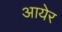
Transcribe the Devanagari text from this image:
आयेर